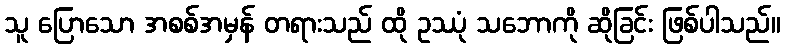
သူ ပြောသော အစစ်အမှန် တရားသည် ထို ဥဿုံ သဘောကို ဆိုခြင်း ဖြစ်ပါသည်။